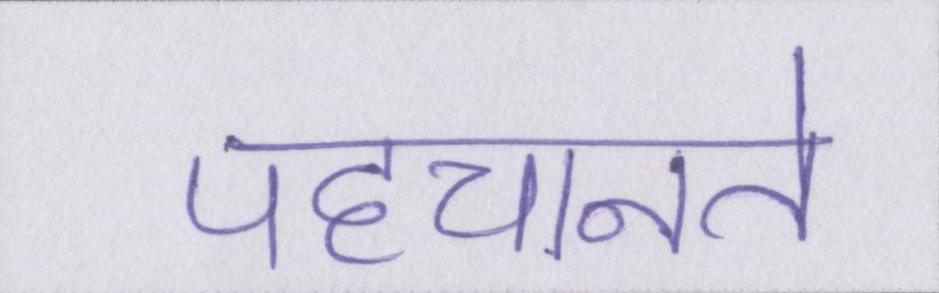
पहचानते